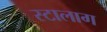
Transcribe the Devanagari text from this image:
स्टालाग